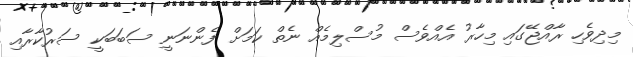
މިދިވެހި ރާއްޖޭގައި މިހާރު އެއްވެސް މުސްލިމެއް ނެތް ކަމަށް ފެންނަނީ ސަބަބަކީ ސަރުކާރާއި